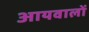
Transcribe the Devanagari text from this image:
आयवालों